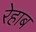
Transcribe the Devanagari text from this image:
रेहाब